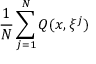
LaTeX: { \frac { 1 } { N } } \sum _ { j = 1 } ^ { N } Q ( x , \xi ^ { j } )